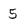
Character: 5